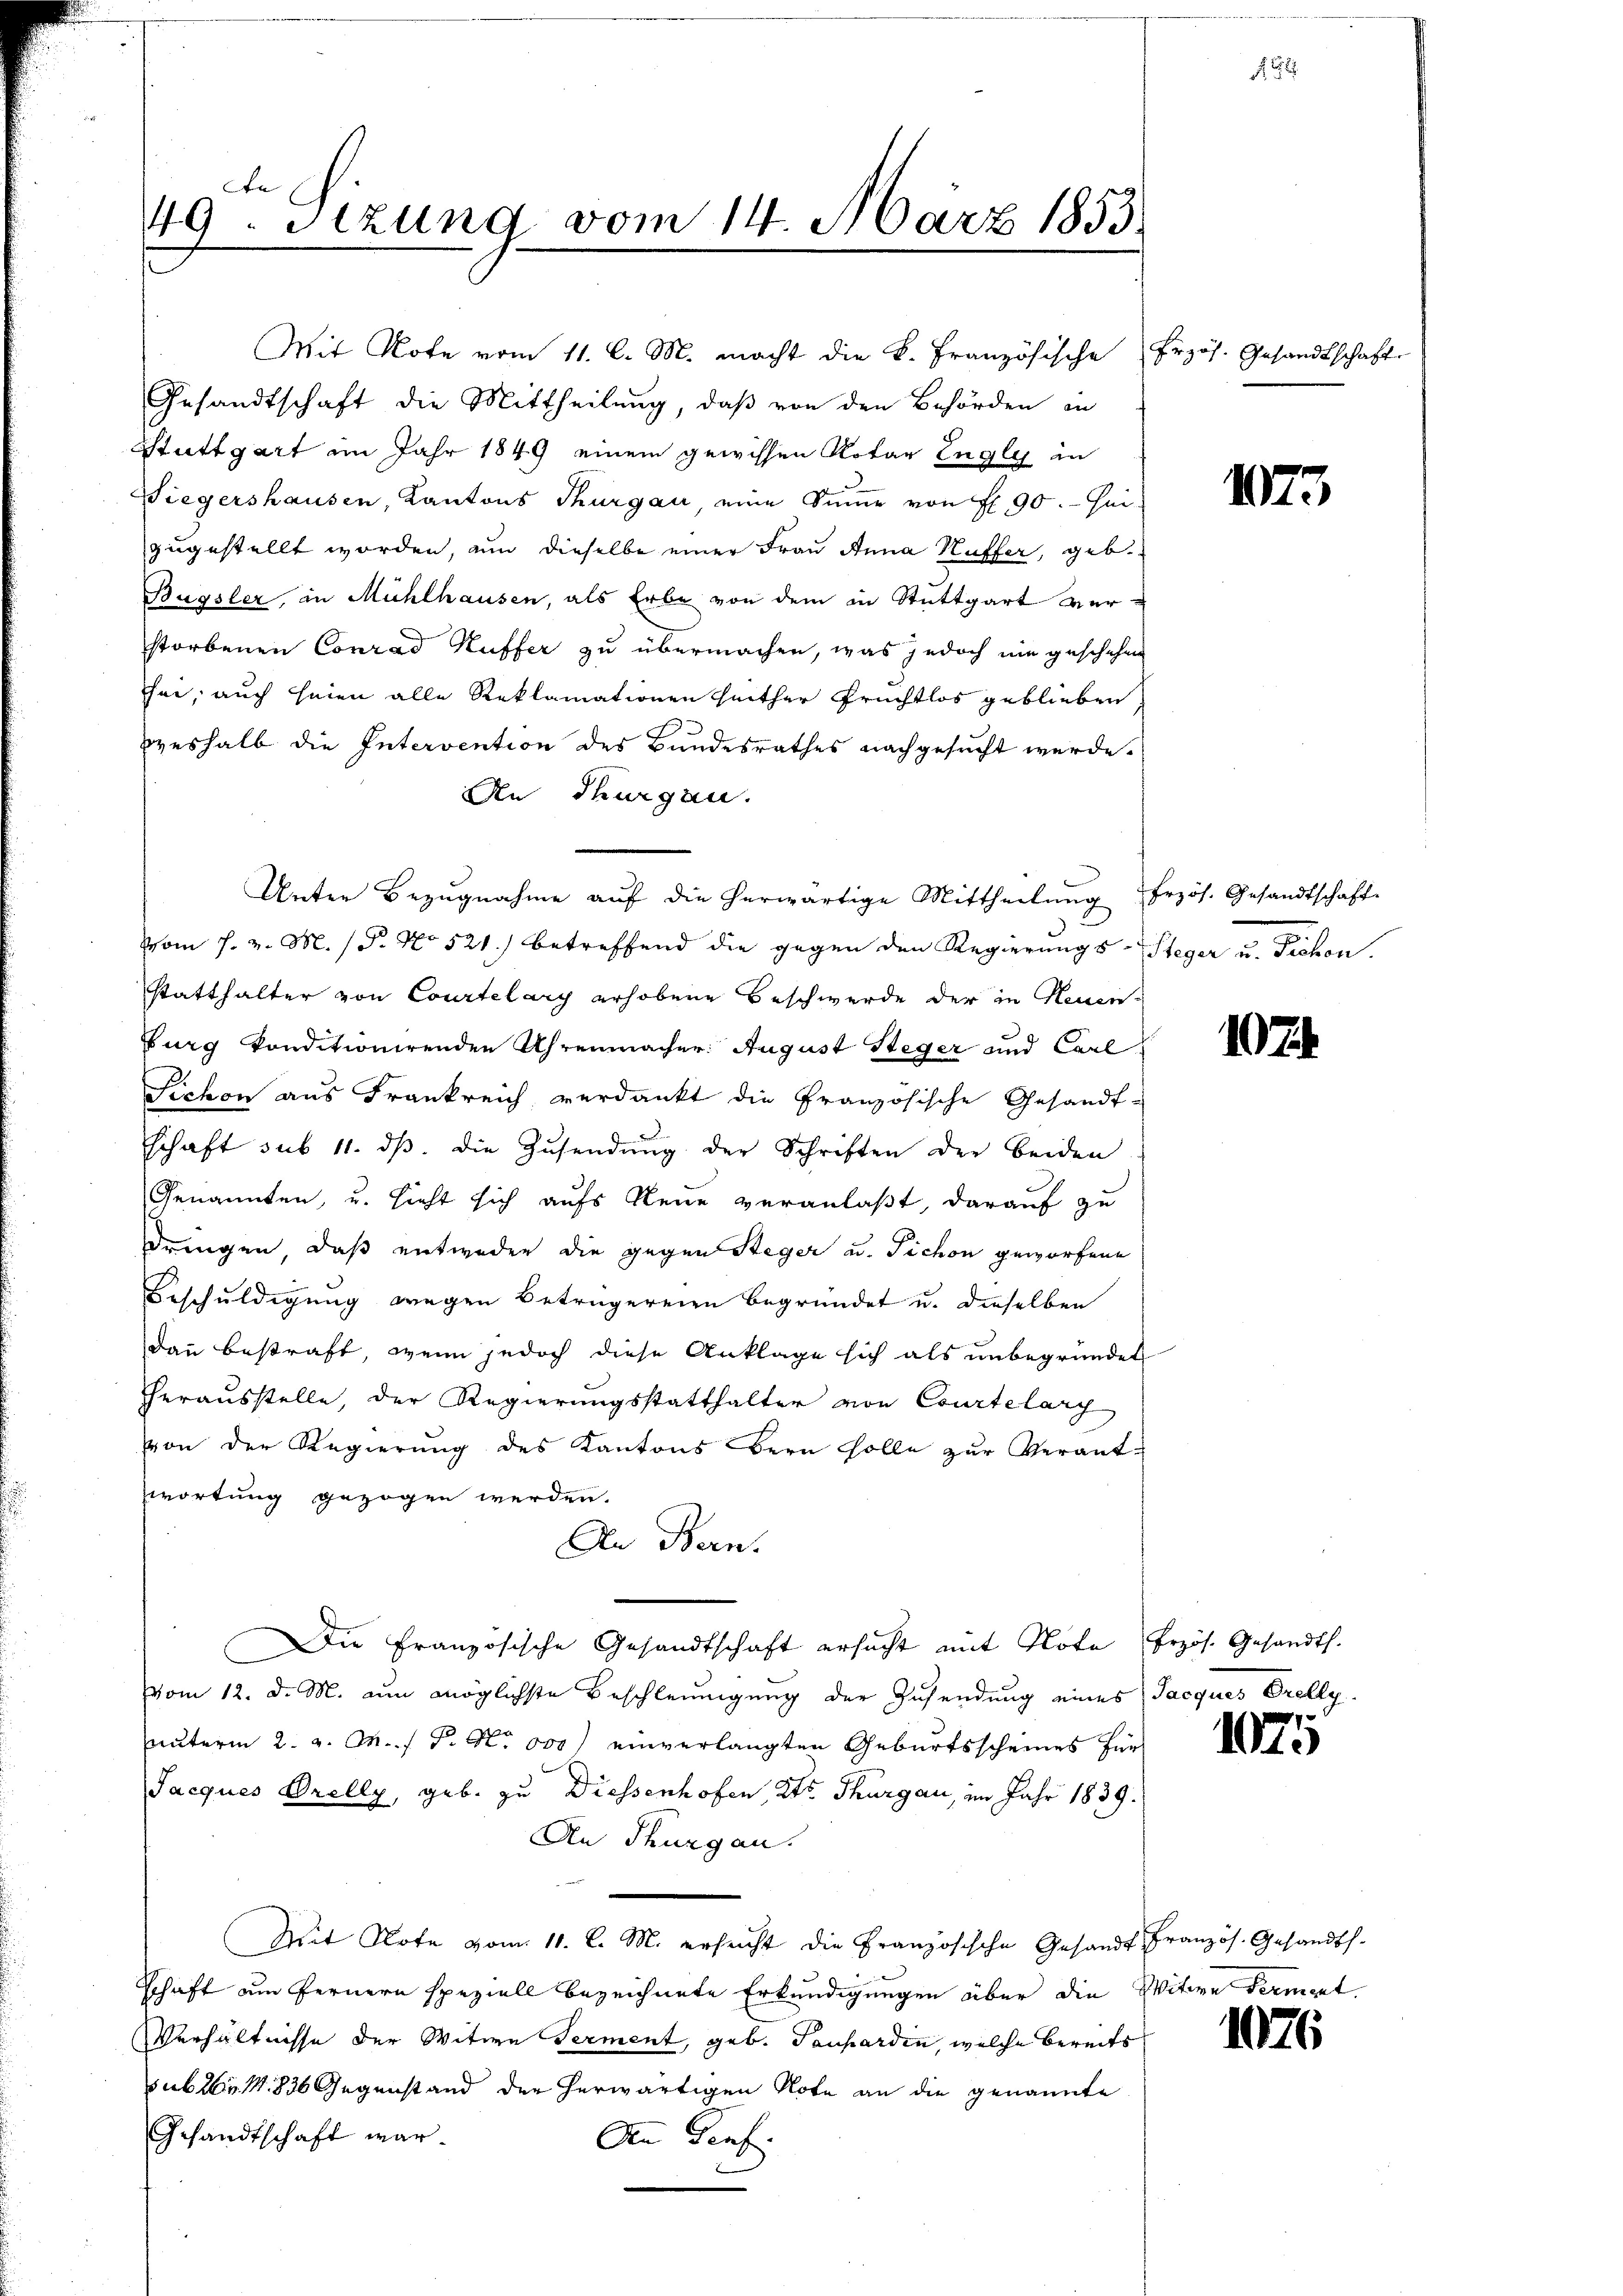
49. Sitzung vom 14. März 1853.

zugestellt worden, um dieselbe einer Frau Anna Kuffer, geb.
Bügsler, in Mühlhausen, als Erbe von dem in Stuttgart verstorbenen Conrad Kuffer zu übermachen, was jedoch ein geschehen
sei, auch seien alle Reklamationen seither Früchtlos geblieben,
weshalb die Intervention des Bundesrathes nachgesucht werde.
An Thurgau.
Unter Bezŭgnahme aŭf die herwärtige Mittheilŭng frzös. Gesandtschaft
Vom h. v. M. P. No 521.) betreffend die gegen den Regierungs-Steger u. Fichon.
statthalter von Courtelary erhobene Beschwerde der in Neuen-
burg konditionirenden Uhrenmacher: August Steger und Carl
Sichon aus Frankreich verdankt die Französische Gesandt-
schaft sub 11. ds. die Zusendung der Schriften der beiden
Genannten, u. sieht sich aufs Neue veranlaßt, darauf zu
dringen, daß entweder die gegen Steger u. Fichon geworfene
Beschuldigung wegen Betrügereien begründet u. dieselben
dann bestraft, wenn jedoch diese Anklage sich als unbegründet
herausstelle, der Regierungsstatthalter von Courtelary
von der Regierŭng des Kantons Bern solle zŭr Verant-
wortung gezogen werden.
An Bern
Die Französische Gesandtschaft ersucht mit Note bezös. Gesandth.
vom 12. d. M. zum möglichste Beschleunigung der Zusendung eines Jacques Prelly.
uunterm 2. v. M. P. No 000 einverlangten Geburtsscheines für
Jacques Orelly, geb. zu Diessenhofen, Kts. Thurgau, im Jahr 1839.
An Thurgau.
Mit Note vom 11. l. M. ersucht die Französische Gesandt Französ. Gesandts.
schaft am Fernern speziell bezeichnete Erkundigungen über die Witwe Ferient.
Verhältnisse der Witwe Terment, geb. Tanhardin, welche bereits
suber 1836 Gegenstand der herwärtigen Note an die genannte
Gesandtschaft war.
Den Genf.

Mit Note vom 11. l. M. macht die K. Französische Erzös. Gesandtschaft
Gesandtschaft die Mittheilung, daß von den Behörden an
Stuttgart im Jahr 1849 einem gewissen Rotar Engli an
Wiegershausen, Kantons Thurgau, eine Summe von fl. 90. - sei

einigen

F

1073

107

1025

1076